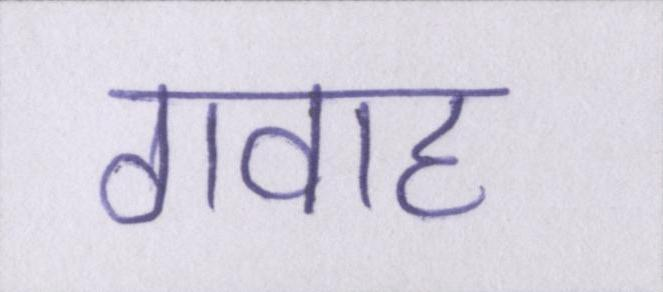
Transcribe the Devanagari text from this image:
गवाह